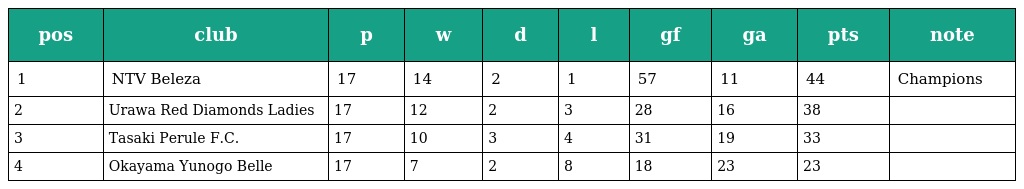
| pos | club | p | w | d | l | gf | ga | pts | note |
 | --- | --- | --- | --- | --- | --- | --- | --- | --- | --- |
 | 1 | NTV Beleza | 17 | 14 | 2 | 1 | 57 | 11 | 44 | Champions |
 | 2 | Urawa Red Diamonds Ladies | 17 | 12 | 2 | 3 | 28 | 16 | 38 |  |
 | 3 | Tasaki Perule F.C. | 17 | 10 | 3 | 4 | 31 | 19 | 33 |  |
 | 4 | Okayama Yunogo Belle | 17 | 7 | 2 | 8 | 18 | 23 | 23 |  |